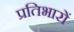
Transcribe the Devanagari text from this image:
प्रतिभारों